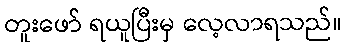
တူးဖော် ရယူပြီးမှ လေ့လာရသည်။